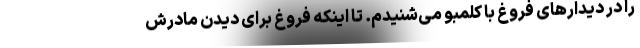
را در دیدارهای فروغ با کلمبو می‌شنیدم. تا اینکه فروغ برای دیدن مادرش